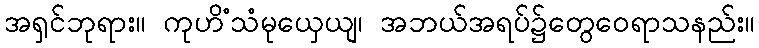
အရှင်ဘုရား။ ကုဟိံသံမုယှေယျ၊ အဘယ်အရပ်၌တွေဝေရာသနည်း။